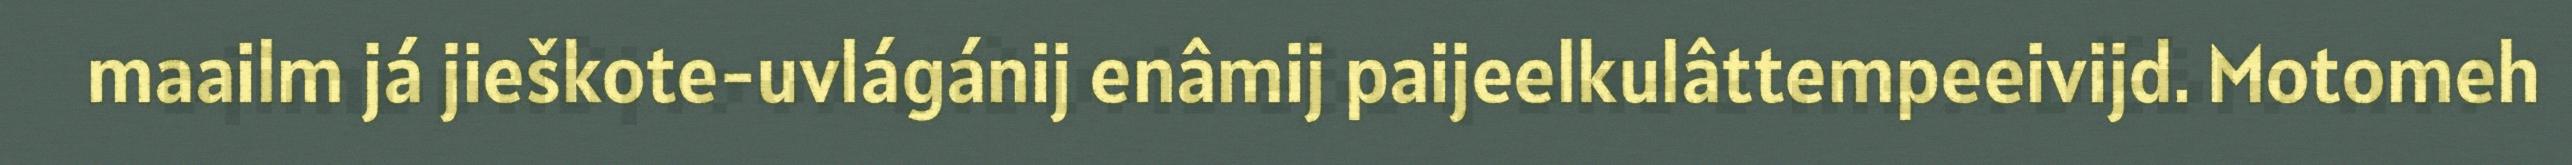
maailm já jieškote-uvlágánij enâmij paijeelkulâttempeeivijd. Motomeh